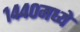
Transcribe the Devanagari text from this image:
१४४०मध्ये